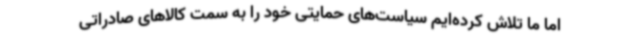
اما ما تلاش کرده‌ایم سیاست‌های حمایتی خود را به سمت کالاهای صادراتی